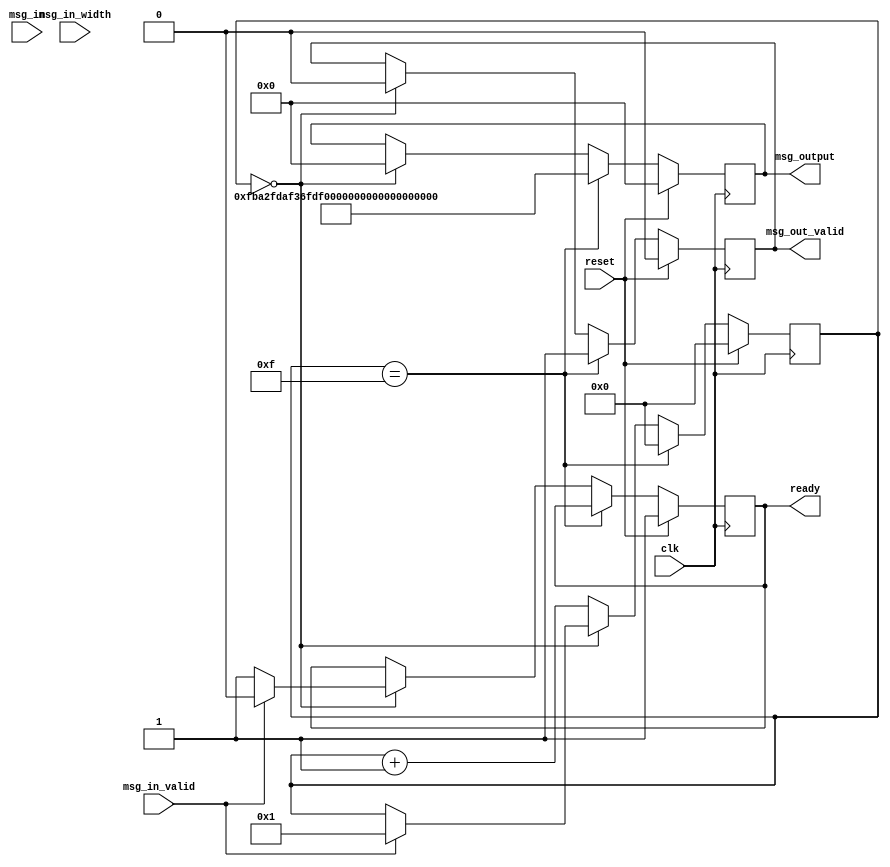
`timescale 1ns / 1ps
//////////////////////////////////////////////////////////////////////////////////
// Company: 
// Engineer: 
// 
// Design Name: 
// Module Name:    dpancham 
// Project Name: 
// Target Devices: 
// Tool versions: 
// Description: 
//
// Dependencies: 
//
// Revision: 
// Revision 0.01 - File Created
// Additional Comments: 
//
//////////////////////////////////////////////////////////////////////////////////
module dpancham (
        clk
      , reset	
      , msg_in
      , msg_in_width
      , msg_in_valid

      , msg_output
      , msg_out_valid
      , ready
      );

input          clk;                      // input clock
input          reset;                    // global reset
input  [0:127] msg_in;                   // input message, max width = 128 bits
input    [0:7] msg_in_width;             // actual input message width
input          msg_in_valid;             // input message is valid, active high
                                       
output [0:127] msg_output;               // output message, always 128 bit wide
output         msg_out_valid;            // if asserted, output message is valid
output         ready;                    // the core is ready for an input message

reg [0:127] msg_output;               // output message, always 128 bit wide
reg         msg_out_valid;            // if asserted, output message is valid
reg         ready;                    // the core is ready for an input message

reg [3:0] intcounter;

always @(posedge clk)
begin
	if (reset)
	begin
		msg_output<=128'd0;
		msg_out_valid<=0;
		ready<=1;
		intcounter<=4'd0;
	end
	else
	if (intcounter==4'd15)
	begin
		msg_output<=128'hfba2fdaf36fdf1931d552535a57eb984;
		msg_out_valid<=1;
		intcounter<=4'd0;
	end
	else
	if (intcounter==4'd0)
	begin
		msg_out_valid<=0;
		msg_output<=128'd0;
		if (msg_in_valid)
		begin
			intcounter<=4'd1;
			ready<=0;
		end
		else
			ready<=1;
	end
	else
		intcounter<=intcounter+1;
end

endmodule